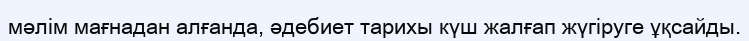
мәлім мағнадан алғанда, әдебиет тарихы күш жалғап жүгіруге ұқсайды.